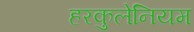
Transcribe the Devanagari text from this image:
हरकुलेनियम